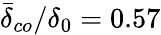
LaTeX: \bar{\delta}_{co}/\delta_{0}=0.57